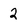
Character: 2